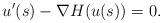
LaTeX: \begin{align*}u'(s) - \nabla H(u(s)) = 0.\end{align*}